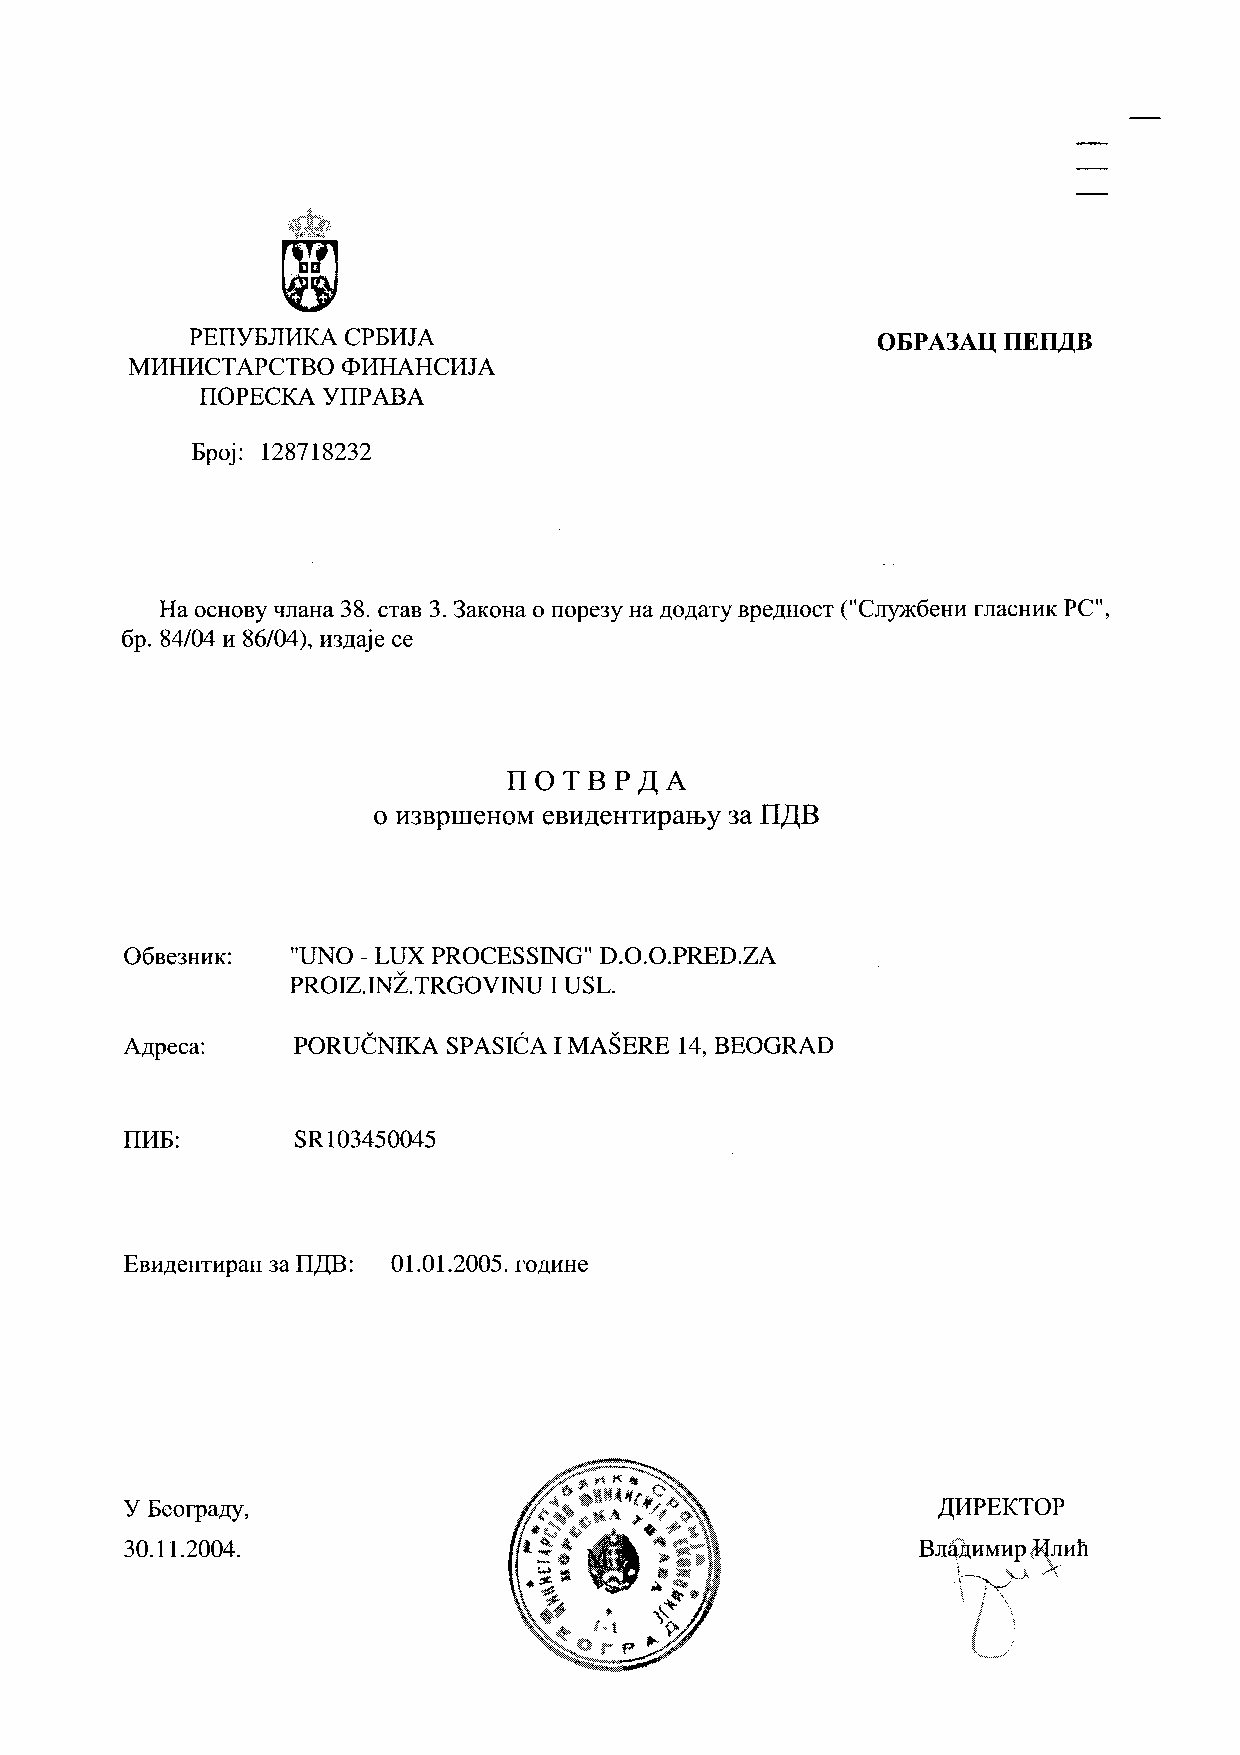
PEIlYIiJII1KA CPIiI1JA                       OJiPA3AU TIETI.llB
 MI1HI1CTAPCTBO <I>I1HAHCI1JA
 IlOPECKA YilPABA
 Iipoj: 128718232
 Ha OCHOBYqJIaHa 38. CTaB3. 3aKoHa 0 IIope3Y Ha,n:o,n:aTYBpe,n:HOCT("CJI)')K6eHHrJIaCHHKPC",
 6p. 84/04 H86/04), H3,n:ajece
 rrOTBP~A
 rr~B
 o M3BpllIeHoM eBM.n:eHTMpaIhY3a
 06Be3HHK:  "UNO - LUX PROCESSING" D.O.O.PRED.ZA
 PROIZ.INZ.TRGOVINU I USL.
 A,n:peca:  PORUCNIKA  SPASICA I MAS ERE 14, BEOGRAD
 IlI1Ii:    SR103450045
 EBH,n:eHTHpaH3a Il,l],B: 01.01.2005. ro,n:HHe
 Y Iieorpa,n:y,                                        ,l],I1PEKTOP
 30.11.2004.                                          BJI~HMHP ~Hh
 }~  \J,. .
 "\ f~
 J \
 !  .
 ~